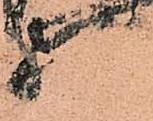
様